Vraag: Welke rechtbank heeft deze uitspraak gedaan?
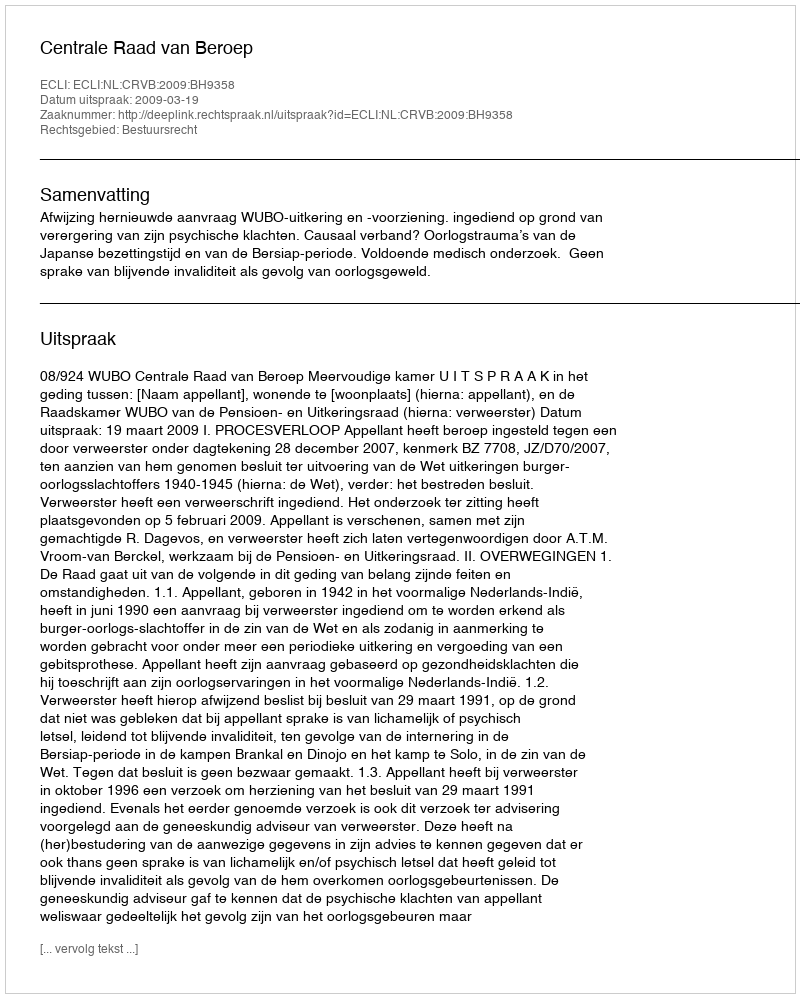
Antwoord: Centrale Raad van Beroep